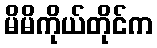
မိမိကိုယ်တိုင်က